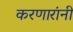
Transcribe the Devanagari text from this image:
करणारांनी